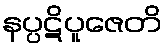
နပ္ပဋိပူဇေတိ